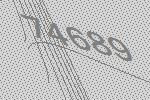
74689